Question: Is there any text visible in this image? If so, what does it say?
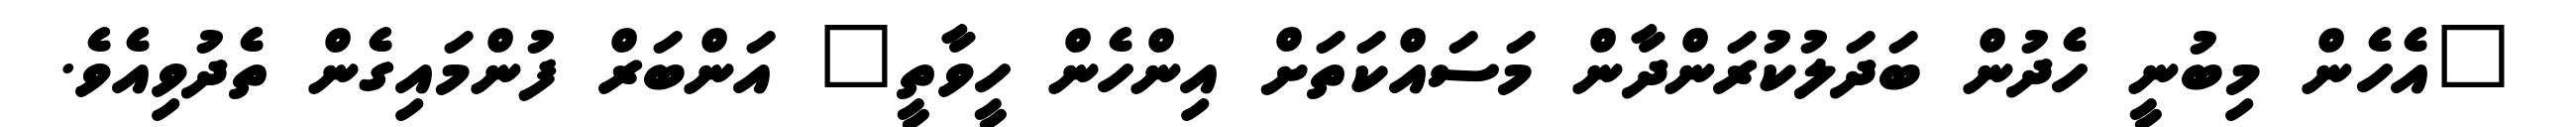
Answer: "އެހެން މިބުނީ ހެދުން ބަދަލުކުރަންދާން މަސައްކަތަށް އިންހެން ހީވާތީ" އަންބަރް ފުންމައިގެން ތެދުވިއެވެ.